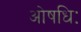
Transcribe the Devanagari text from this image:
ओषधिः